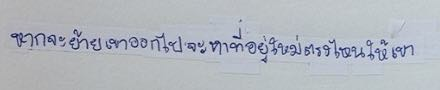
หากจะย้ายเขาออกไปจะหาที่อยู่ใหม่ตรงไหนให้เขา